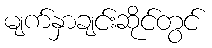
မျက်နှာချင်းဆိုင်တွင်